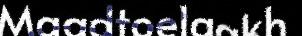
Maadtoelaakh